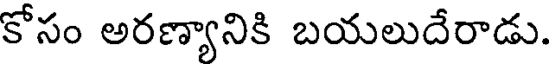
కోసం అరణ్యానికి బయలుదేరాడు.